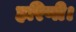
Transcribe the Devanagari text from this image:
हरिणी।